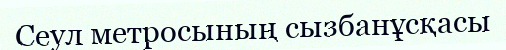
Сеул метросының сызбанұсқасы